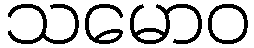
သမောဝ